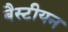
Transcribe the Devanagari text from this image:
बैस्टीयन